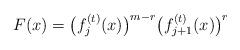
LaTeX: \begin{align*}F(x)=\bigl(f^{(t)}_j(x)\bigr)^{m-r}\bigl(f^{(t)}_{j+1}(x)\bigr)^r\end{align*}